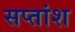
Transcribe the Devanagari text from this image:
सप्तांश